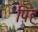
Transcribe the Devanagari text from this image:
पिह